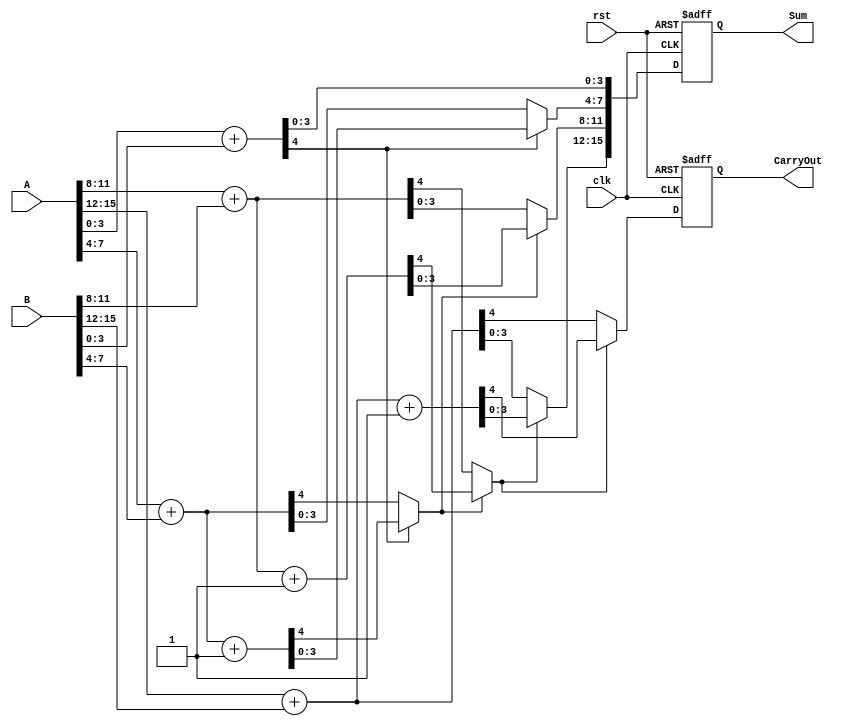
module PipelinedCSLA #(parameter N = 16, // Total bit width
                        parameter M = 4)  // Segment size
(
    input wire clk,
    input wire rst,
    input wire [N-1:0] A,
    input wire [N-1:0] B,
    output reg [N-1:0] Sum,
    output reg CarryOut
);

    // Number of segments
    localparam NUM_SEGMENTS = N / M;

    // Internal signals for sums and carries
    wire [M-1:0] sum0 [0:NUM_SEGMENTS-1];
    wire [M-1:0] sum1 [0:NUM_SEGMENTS-1];
    wire carry0 [0:NUM_SEGMENTS-1];
    wire carry1 [0:NUM_SEGMENTS-1];
    wire carry_in [0:NUM_SEGMENTS-1];

    // Stage outputs
    reg [M-1:0] final_sum [0:NUM_SEGMENTS-1];
    reg final_carry [0:NUM_SEGMENTS-1];

    // Generate the carry select adder for each segment
    genvar i;
    generate
        for (i = 0; i < NUM_SEGMENTS; i = i + 1) begin : csla_segment
            // Calculate sums and carries for both cases (carry_in = 0 and carry_in = 1)
            assign {carry0[i], sum0[i]} = A[M*i +: M] + B[M*i +: M];
            assign {carry1[i], sum1[i]} = A[M*i +: M] + B[M*i +: M] + 1'b1;

            // Select the correct sum based on the carry_in from the previous segment
            if (i == 0) begin
                assign carry_in[i] = 1'b0; // First segment has no carry_in
            end else begin
                assign carry_in[i] = final_carry[i-1]; // Use carry from previous segment
            end

            always @(*) begin
                if (carry_in[i]) begin
                    final_sum[i] = sum1[i];
                    final_carry[i] = carry1[i];
                end else begin
                    final_sum[i] = sum0[i];
                    final_carry[i] = carry0[i];
                end
            end
        end
    endgenerate

    // Output latching
    always @(posedge clk or posedge rst) begin
        if (rst) begin
            Sum <= 0;
            CarryOut <= 0;
        end else begin
            // Concatenate final sums
            Sum <= {final_sum[NUM_SEGMENTS-1], final_sum[NUM_SEGMENTS-2], final_sum[NUM_SEGMENTS-3], final_sum[NUM_SEGMENTS-4]};
            CarryOut <= final_carry[NUM_SEGMENTS-1];
        end
    end

endmodule